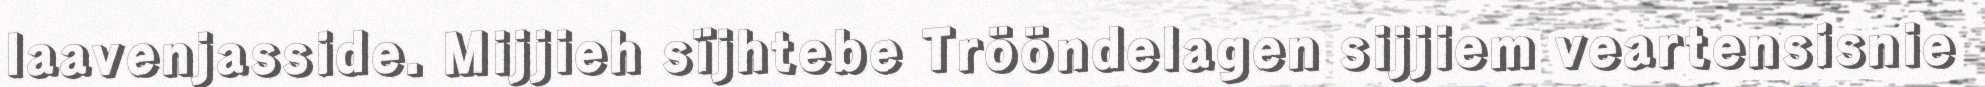
laavenjasside. Mijjieh sïjhtebe Trööndelagen sijjiem veartensisnie